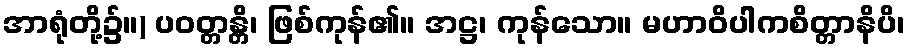
အာရုံတို့၌။) ပဝတ္တန္တိ၊ ဖြစ်ကုန်၏။ အဋ္ဌ၊ ကုန်သော။ မဟာဝိပါကစိတ္တာနိပိ၊